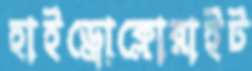
হাইড্রোক্লোরাইট